Civil Veterinary Dept. Assam report 1927-50 - 1927-1950
Year: 1927
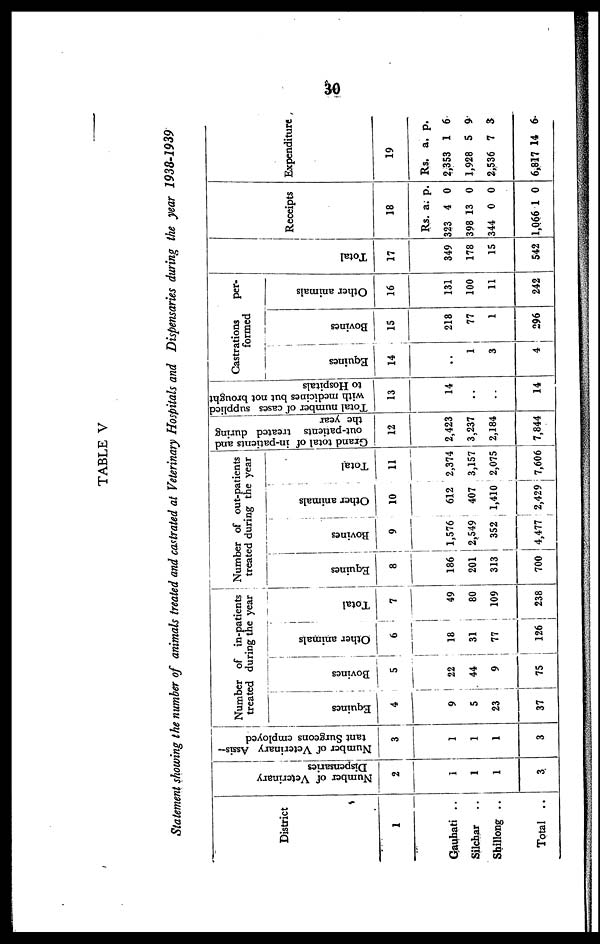
30
TABLE V
Statement showing the number of animals treated and castrated at Veterinary Hospitals and Dispensaries during the year 1938-1939
District
1
Gauhati ..
Silchar ..
Shillong ..
Total ..
Number of Veterinary
Dispensaries
2
1
1
1
3
Number of Veterinary Assis-
tant Surgeons employed
3
1
1
1
3
Number of in-patients
treated during the year
Equines
4
9
5
23
37
Bovines
5
22
44
9
75
Other animals
6
18
31
77
126
Total
7
49
80
109
238
Number of out-patients
treated during the year
Equines
8
186
201
313
700
Bovines
9
1
1,576
2,549
352
4,477
Other animals
10
612
407
1,410
2,429
Total
11
2,374
3,157
2,075
7,606
Grand total of in-patients and
out-patients treated during
the year
12
2,423
3,237
2,184
7,844
Total number of cases supplied
with medicines but not brought
to Hospitals
13
14
..
..
14
Castrations
per-
formed
Equines
14
..
1
3
4
Bovines
15
218
77
1
296
Other animals
16
131
100
11
242
Total
17
349
178
15
542
Rec
eip
ts
Rs.
323
398
344
1,066
18
a.
4
13
0
1
p.
0
0
0
0
i
Expen
dit
ure
19
Rs.
2,353
1,928
2,536
6,817
a.
1
5
7
14
p.
6
9
3
6